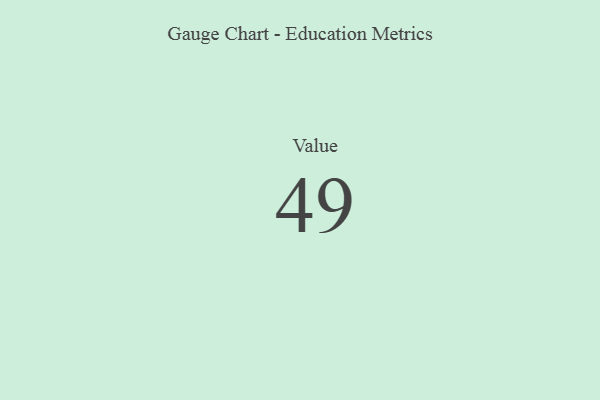
{"axis": {"x": "Metric", "y": "Value"}, "legend": [""], "data": [{"x": "Value", "y": 49, "type": ""}]}